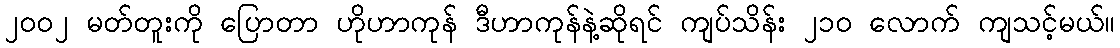
၂၀၀၂ မတ်တူးကို ပြောတာ ဟိုဟာကုန် ဒီဟာကုန်နဲ့ဆိုရင် ကျပ်သိန်း ၂၁၀ လောက် ကျသင့်မယ်။